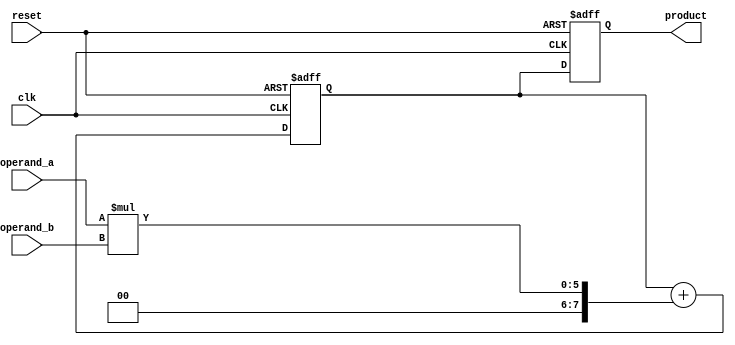
module booth_multiplier (
    input wire clk,
    input wire reset,
    input wire [2:0] operand_a,
    input wire [2:0] operand_b,
    output wire [7:0] product
);

reg [7:0] partial_sums [0:7];
reg [7:0] final_product;
wire [7:0] partial_products [0:7];

// Arithmetic blocks
genvar i;
generate
    for (i = 0; i < 8; i = i + 1) begin: arith_block
        assign partial_products[i] = {3'b0, operand_a} * {3'b0, operand_b} << i;
        
        always @ (posedge clk or posedge reset) begin
            if (reset) begin
                partial_sums[i] <= 8'b0;
            end else begin
                partial_sums[i] <= partial_sums[i] + partial_products[i];
            end
        end
    end
endgenerate

// Final product accumulation
always @ (posedge clk or posedge reset) begin
    if (reset) begin
        final_product <= 8'b0;
    end else begin
        final_product <= {partial_sums[7], partial_sums[6], partial_sums[5], partial_sums[4],
                          partial_sums[3], partial_sums[2], partial_sums[1], partial_sums[0]};
    end
end

// Output
assign product = final_product;

endmodule